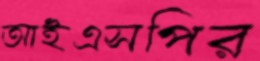
আইএসপির